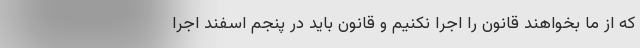
که از ما بخواهند قانون را اجرا نکنیم و قانون باید در پنجم اسفند اجرا